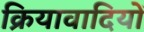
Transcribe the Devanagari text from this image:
क्रियावादियों